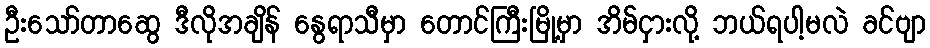
ဦးသော်တာဆွေ ဒီလိုအချိန် နွေရာသီမှာ တောင်ကြီးမြို့မှာ အိမ်ငှားလို့ ဘယ်ရပါ့မလဲ ခင်ဗျာ